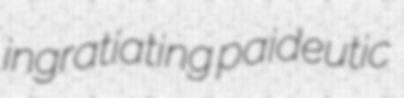
ingratiating paideutic